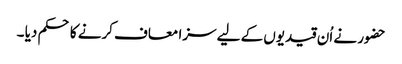
حضور نے اُن قیدیوں کے لیے سزا معاف کرنے کا حکم دیا ۔